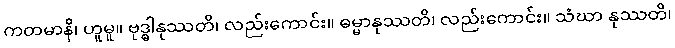
ကတမာနိ၊ ဟူမူ။ ဗုဒ္ဓါနုဿတိ၊ လည်းကောင်း။ ဓမ္မာနုဿတိ၊ လည်းကောင်း။ သံဃာ နုဿတိ၊